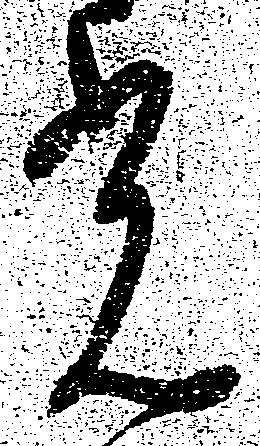
光